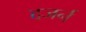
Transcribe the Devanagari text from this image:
दजर्न